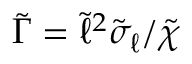
\tilde { \Gamma } = \tilde { \ell } ^ { 2 } \tilde { \sigma } _ { \ell } / \tilde { \chi }